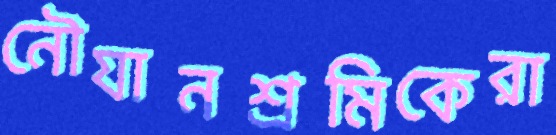
নৌযানশ্রমিকেরা